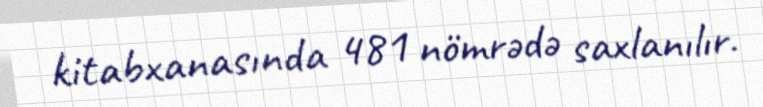
kitabxanasında 481 nömrədə saxlanılır.